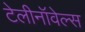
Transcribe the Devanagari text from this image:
टेलीनॉवेल्स